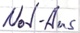
Text: Not-Aus